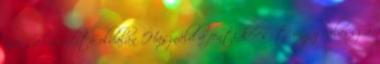
árösszehasonlító oldalán Használd a fenti keresőt, vagy válassz a